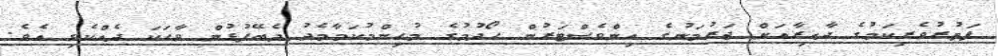
ފަތުރުވެރިކަމުގެ ދާއިރާއަށް ޖަރުމަނުގެ އިންވެސްޓަރުން ހޯދުމުގެ މުހިންމުކަމާމެދު ދެބޭފުޅުން ވާހަކަ ދެއްކެވި އެވެ.